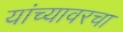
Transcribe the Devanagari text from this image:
यांच्यावरचा